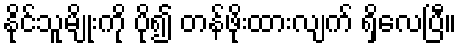
နိုင်သူမျိုးကို ပို၍ တန်ဖိုးထားလျက် ရှိလေပြီ။